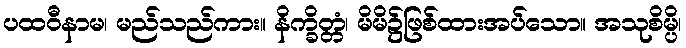
ပထဝီနာမ၊ မည်သည်ကား။ နိက္ခိတ္တံ၊ မိမိ၌ဖြစ်ထားအပ်သော။ အသုစိမ္ပိ၊